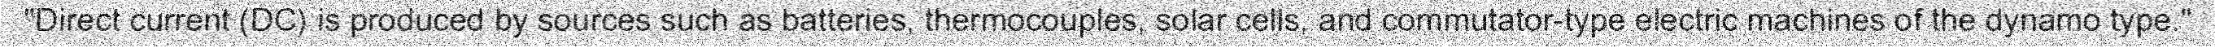
"Direct current (DC) is produced by sources such as batteries, thermocouples, solar cells, and commutator-type electric machines of the dynamo type."